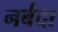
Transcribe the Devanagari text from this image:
नर्बदा